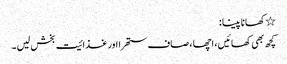
٭کھانا پینا :
کچھ بھی کھائیں ، اچھا ، صاف ستھرا اور غذائیت بخش لیں ۔